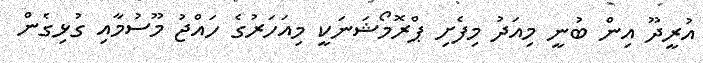
އުރީދޫ އިން ބުނީ މިއަދު މިފެށި ޕްރޮމޯޝަނަކީ މިއަހަރުގެ ހައްޖު މޫސުމާއި ގުޅިގެން